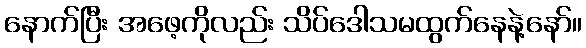
နောက်ပြီး အဖေ့ကိုလည်း သိပ်ဒေါသမထွက်နေနဲ့နော်။